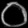
Digit: ၀